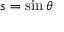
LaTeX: s = \sin \theta